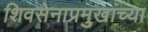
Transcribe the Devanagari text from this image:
शिवसेनाप्रमुखांच्या